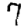
Digit: 7